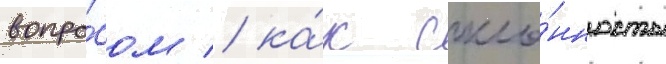
вопро́сом / ка́к скло́нность